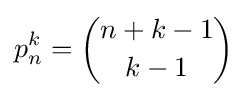
p_{n}^{k}={n+k-1 \choose k-1}